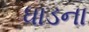
ધાડના